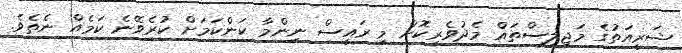
ޝަރީއަތުގެ މަޖިލިސްތައް މެދުވެރިކޮަށް މި ރައީސް ނިންމާ ކަންކަމަށް ކުރެވޭނެ ކަމެއް ނެތެވެ.